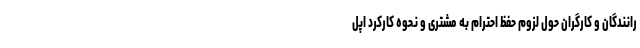
رانندگان و کارگران حول لزوم حفظ احترام به مشتری و نحوه کارکرد اپل